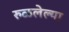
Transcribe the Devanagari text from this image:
रुळलेल्या